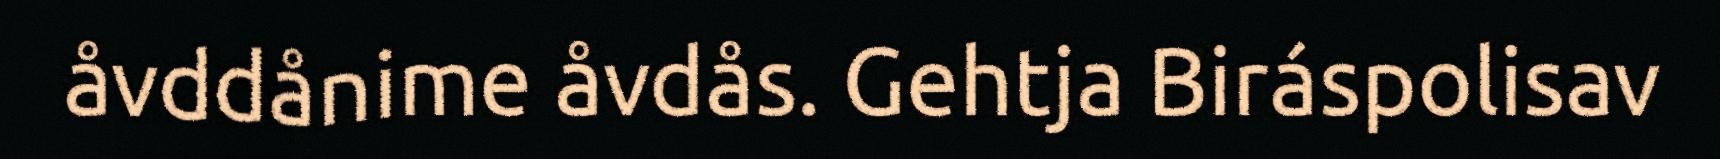
åvddånime åvdås. Gehtja Biráspolisav